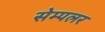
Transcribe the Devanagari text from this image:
सेम्पलर